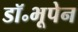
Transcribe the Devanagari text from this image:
डॉ॰भूपेन